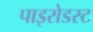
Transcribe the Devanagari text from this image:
पाइरोडस्ट